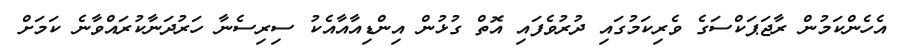
އެހެންކަމުން ރާޖަޕަކްސަގެ ވެރިކަމުގައި ދުރުވެފައި އޮތް ގުޅުން އިންޑިއާއާއެކު ސިރިސެނާ ހަރުދަނާކުރައްވާނެ ކަމަށް